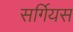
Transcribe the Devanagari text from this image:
सर्गियस